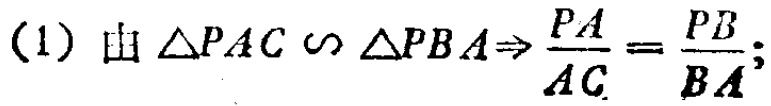
(1) 由 $\triangle PAC \sim \triangle PBA\Rightarrow \frac{PA}{AC}=\frac{PB}{BA}$;